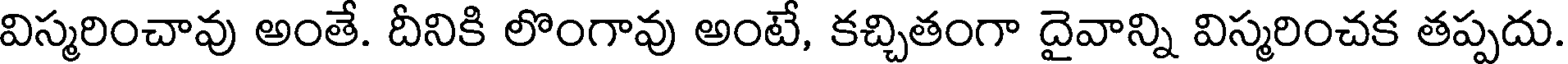
విస్మరించావు అంతే. దీనికి లొంగావు అంటే, కచ్చితంగా దైవాన్ని విస్మరించక తప్పదు